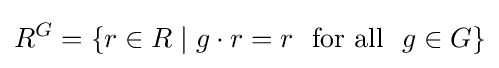
R^{G}=\{r\in R\mid g\cdot r=r\ {\text{ for all }}\ g\in G\}